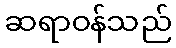
ဆရာဝန်သည်